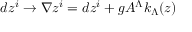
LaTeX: d z ^ { i } \rightarrow \nabla z ^ { i } = d z ^ { i } + g A ^ { \Lambda } k _ { \Lambda } ( z )